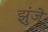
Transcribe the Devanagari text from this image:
झुंजे